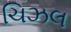
ચિઝલ